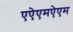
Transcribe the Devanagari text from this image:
एऐएमऐएम